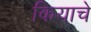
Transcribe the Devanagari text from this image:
कियाचे